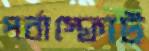
পর্বাস্ফোট